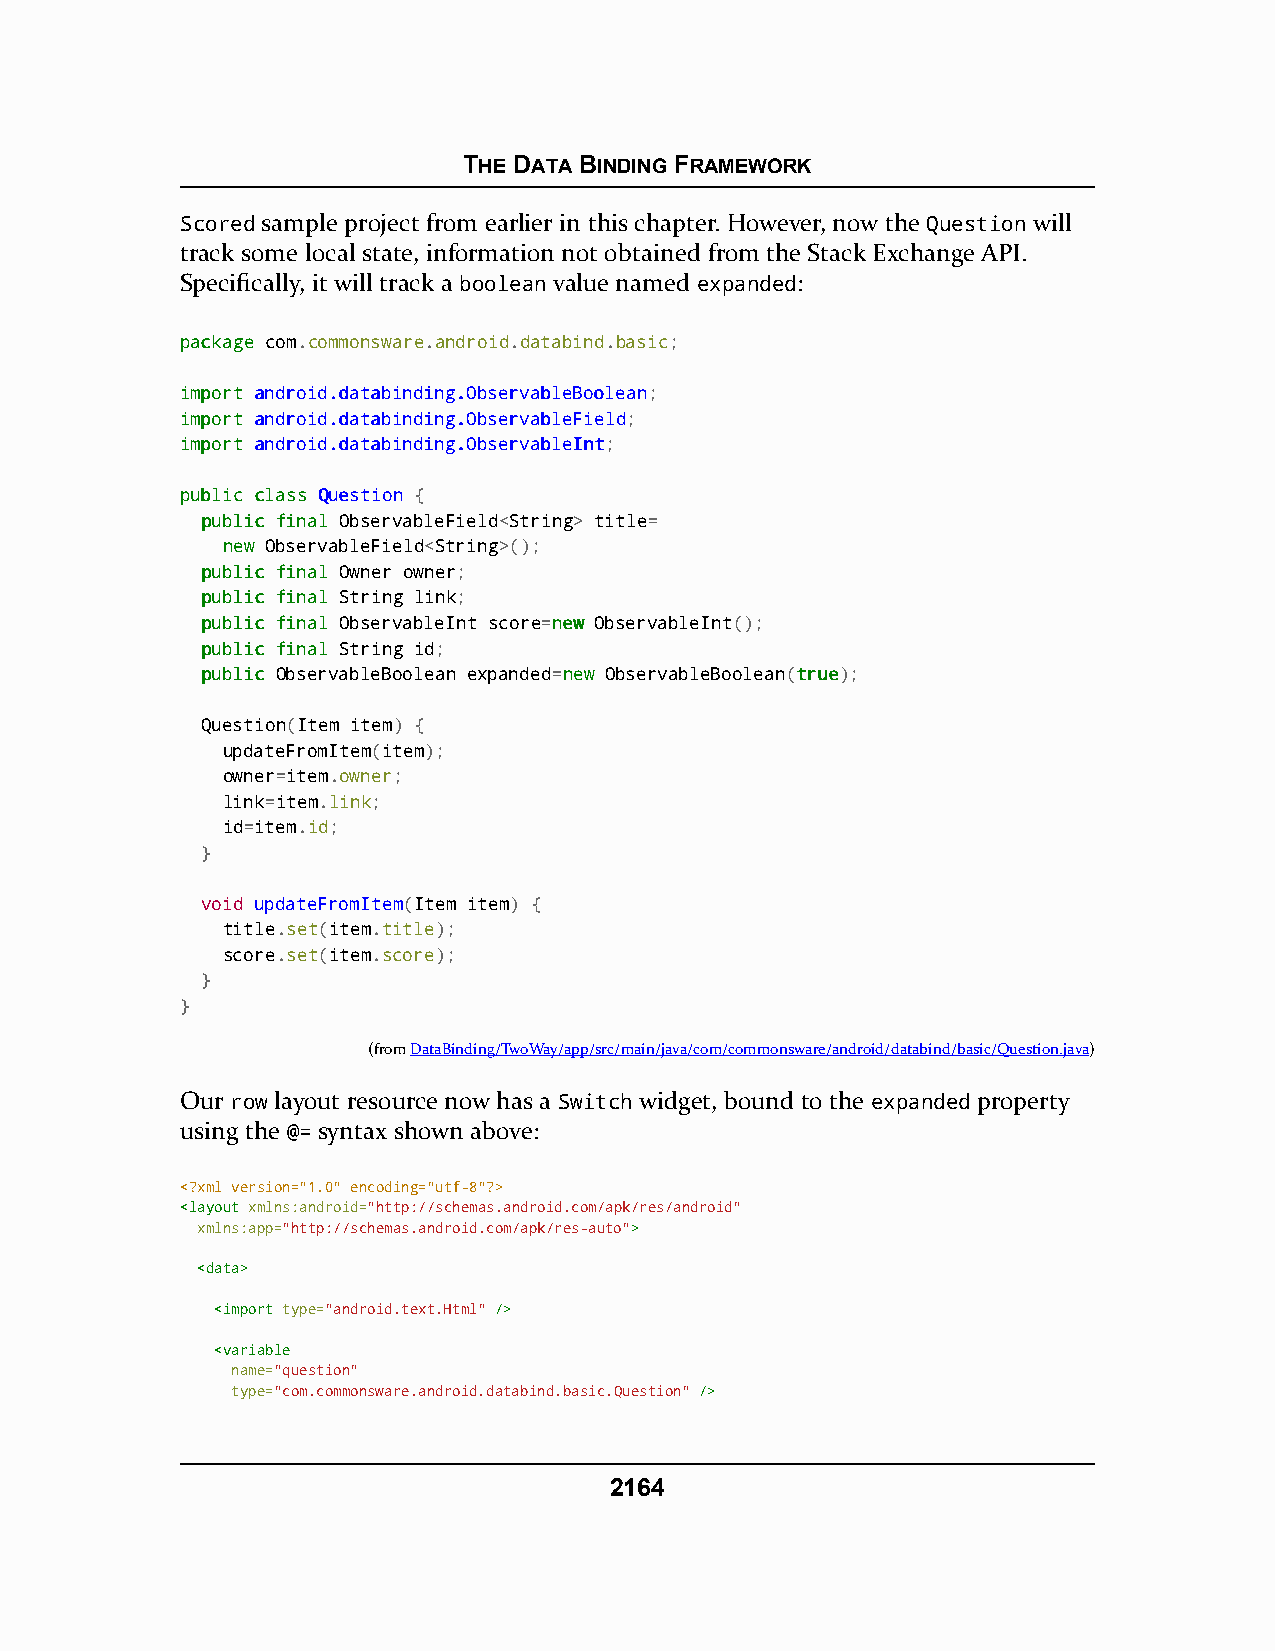
THE DATA BINDING FRAMEWORK
 Scored sample project from earlier in this chapter. However, now the Question will
 track some local state, information not obtained from the Stack Exchange API.
 Specifically, it will track a boolean value named expanded:
 ppaacckkaaggee com.commonsware.android.databind.basic;
 iimmppoorrtt aannddrrooiidd..ddaattaabbiinnddiinngg..OObbsseerrvvaabblleeBBoooolleeaann;
 iimmppoorrtt aannddrrooiidd..ddaattaabbiinnddiinngg..OObbsseerrvvaabblleeFFiieelldd;
 iimmppoorrtt aannddrrooiidd..ddaattaabbiinnddiinngg..OObbsseerrvvaabblleeIInntt;
 ppuubblliicc ccllaassss QQuueessttiioonn {
 ppuubblliicc ffiinnaall ObservableField<String> title=
 nneeww ObservableField<String>();
 ppuubblliicc ffiinnaall Owner owner;
 ppuubblliicc ffiinnaall String link;
 ppuubblliicc ffiinnaall ObservableInt score=nneeww ObservableInt();
 ppuubblliicc ffiinnaall String id;
 ppuubblliicc ObservableBoolean expanded=nneeww ObservableBoolean(ttrruuee);
 Question(Item item) {
 updateFromItem(item);
 owner=item.owner;
 link=item.link;
 id=item.id;
 }
 void updateFromItem(Item item) {
 title.set(item.title);
 score.set(item.score);
 }
 }
 (fromDataBinding/TwoWay/app/src/main/java/com/commonsware/android/databind/basic/Question.java)
 Our row layout resource now has a Switch widget, bound to the expanded property
 using the @= syntax shown above:
 <?xml version="1.0" encoding="utf-8"?>
 <<llaayyoouutt xmlns:android="http://schemas.android.com/apk/res/android"
 xmlns:app="http://schemas.android.com/apk/res-auto">>
 <<ddaattaa>>
 <<iimmppoorrtt type="android.text.Html" //>>
 <<vvaarriiaabbllee
 name="question"
 type="com.commonsware.android.databind.basic.Question" //>>
 2164